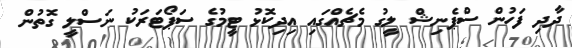
ދާދި ފަހުން ސްޕެނިޝް ލީގު މެޗެއްގައި އިދިކޮޅު ޓީމުގެ ސަޕޯޓަރަކު ނަސްލީ ގޮތުން